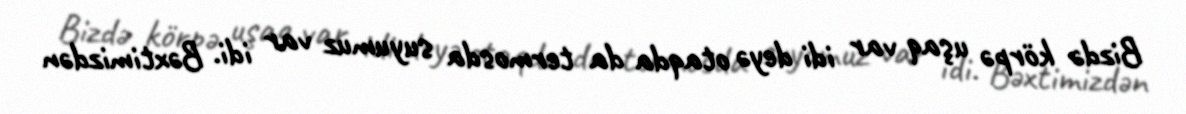
Bizdə körpə uşaq var idi deyə otaqda da termosda suyumuz var idi. Bəxtimizdən